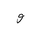
Letter: _waw